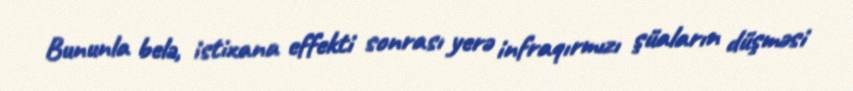
Bununla belə, istixana effekti sonrası yerə infraqırmızı şüaların düşməsi